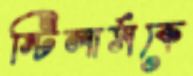
স্টিলার্সকে